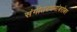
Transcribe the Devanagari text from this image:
संगीतरचनांबरोबर